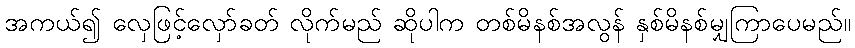
အကယ်၍ လှေဖြင့်လှော်ခတ် လိုက်မည် ဆိုပါက တစ်မိနစ်အလွန် နှစ်မိနစ်မျှကြာပေမည်။